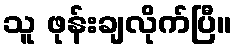
သူ ဖုန်းချလိုက်ပြီ။